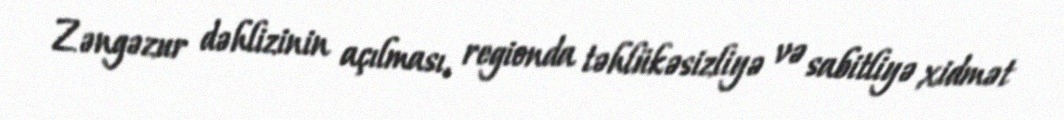
Zəngəzur dəhlizinin açılması, regionda təhlükəsizliyə və sabitliyə xidmət